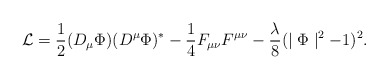
\begin{align*}{\cal L} = \frac{1}{2}(D_{\mu} \Phi)(D^{\mu} \Phi)^{*} -\frac{1}{4} F_{\mu \nu} F^{\mu \nu} - \frac{\lambda}{8}(\mid \Phi \mid^{2} - 1)^{2}.\end{align*}